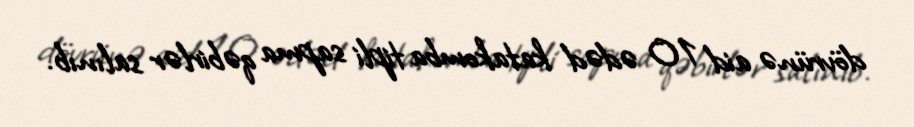
dövrünə aid 10 ədəd katakomba tipli sapma qəbirlər salınıb.